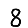
Digit: 8